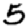
Digit: 5